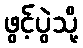
ဖွင့်ပွဲသို့